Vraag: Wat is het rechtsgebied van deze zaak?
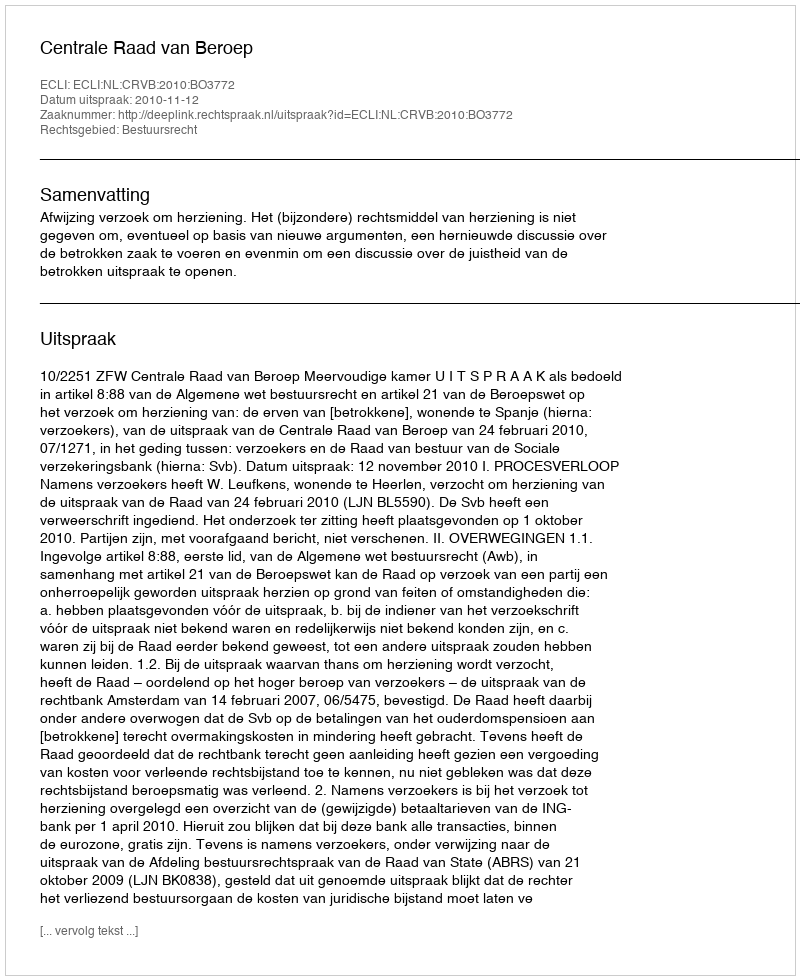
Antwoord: Bestuursrecht